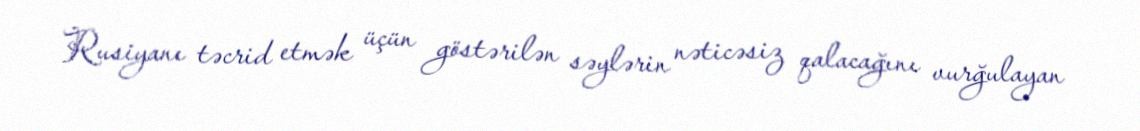
Rusiyanı təcrid etmək üçün göstərilən səylərin nəticəsiz qalacağını vurğulayan